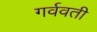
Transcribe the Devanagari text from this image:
गर्ववती